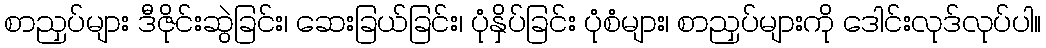
စာညှပ်များ ဒီဇိုင်းဆွဲခြင်း၊ ဆေးခြယ်ခြင်း၊ ပုံနှိပ်ခြင်း ပုံစံများ၊ စာညှပ်များကို ဒေါင်းလုဒ်လုပ်ပါ။